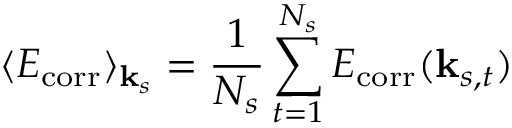
\langle E _ { \mathrm { c o r r } } \rangle _ { { \bf k } _ { s } } = \frac { 1 } { N _ { s } } \sum _ { t = 1 } ^ { N _ { s } } E _ { \mathrm { c o r r } } ( { \bf k } _ { s , t } )